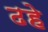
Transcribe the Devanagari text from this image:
ढहे